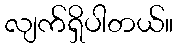
လျက်ရှိပါတယ်။